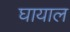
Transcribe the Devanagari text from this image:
घायाल